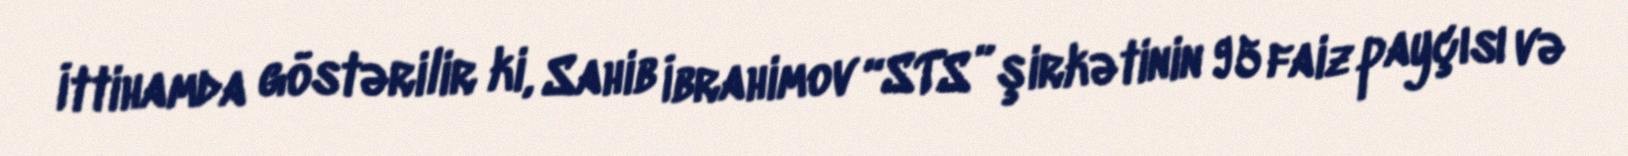
İttihamda göstərilir ki, Sahib İbrahimov “STS” şirkətinin 95 faiz payçısı və